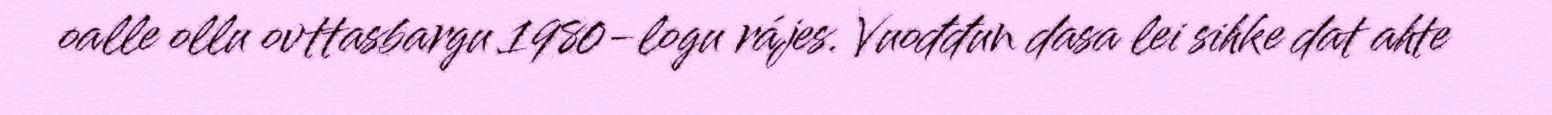
oalle ollu ovttasbargu 1980-logu rájes. Vuođđun dasa lei sihke dat ahte